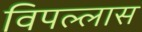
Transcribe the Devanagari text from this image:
विपल्लास